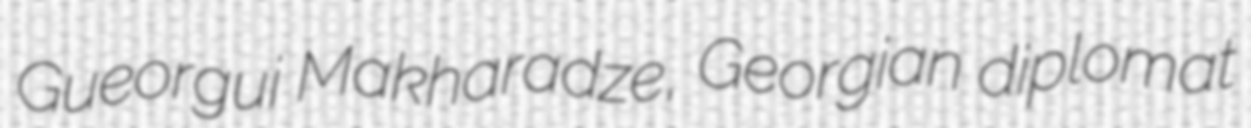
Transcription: Gueorgui Makharadze, Georgian diplomat